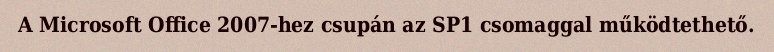
A Microsoft Office 2007-hez csupán az SP1 csomaggal működtethető.